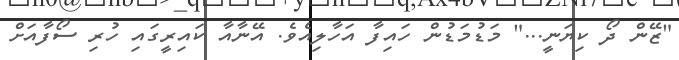
"ޒޭން ދޯ ކިޔަނީ..." މަޑުމަޑުން ހައިފާ އަހާލިއެވެ. އޭނާއާ ކައިރީގައި ހުރި ސޯފާއަށް